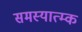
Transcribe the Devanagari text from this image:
समस्यात्म्क